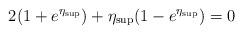
LaTeX: \begin{align*} 2(1+e^{\eta_{\sup}})+\eta_{\sup}(1-e^{\eta_{\sup}}) = 0 \end{align*}